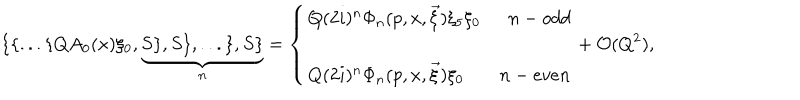
\{ \{ . . . \{ Q A _ { 0 } ( x ) \xi _ { 0 } , \underbrace { S \} , S \} , . . . \} , S \} } _ { n } = \left\{ \begin{array} { l r } { { Q ( 2 i ) ^ { n } \Phi _ { n } ( p , x , \vec { \xi } ) \xi _ { 5 } \xi _ { 0 } } } & { { n - o d d } } \\ { { } } & { { } } \\ { { Q ( 2 i ) ^ { n } \Phi _ { n } ( p , x , \vec { \xi } ) \xi _ { 0 } } } & { { n - e v e n } } \\ \end{array} \right. + { \cal O } ( Q ^ { 2 } ) ,